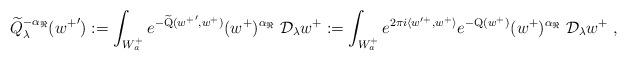
LaTeX: \begin{align*}\widetilde{Q}_{\lambda}^{-{\alpha_{\Re}}}({w^+}'):=\int_{W_a^+} e^{-\widetilde{\mathrm{Q}}({w^+}',w^+)}(w^+)^{\alpha_{\Re}}\;\mathcal{D}_\lambda w^+:=\int_{W_a^+} e^{2\pi i\langle w'^+,w^+\rangle}e^{-\mathrm{Q}(w^+)}(w^+)^{\alpha_{\Re}}\;\mathcal{D}_\lambda w^+\;,\end{align*}